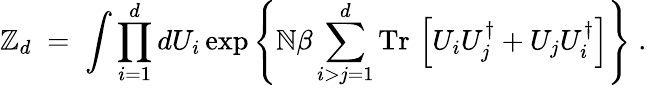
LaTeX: \mathbb{Z}_{d}\; =\; \int\prod_{i=1}^{d}dU_{i}\exp\left\{ \mathbb{N}\beta\sum_{i>j=1}^{d}\mathrm{{Tr}}\, \left[U_{i}U_{j}^{\dagger}+U_{j}U_{i}^{\dagger}\right]\right\} \; .